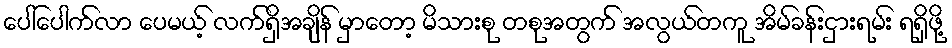
ပေါ်ပေါက်လာ ပေမယ့် လက်ရှိအချိန် မှာတော့ မိသားစု တစုအတွက် အလွယ်တကူ အိမ်ခန်းငှားရမ်း ရရှိဖို့